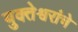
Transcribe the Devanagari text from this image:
युक्तेश्वरांचे